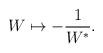
LaTeX: \begin{align*}W \mapsto -\frac{1}{W^{*}}.\end{align*}